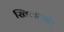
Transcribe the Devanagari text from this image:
खिलाओ।